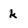
Character: k